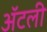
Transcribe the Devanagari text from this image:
अॅटली